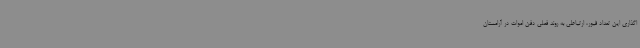
اگذاری این تعداد قبور، ارتباطی به روند فعلی دفن اموات در آرامستان